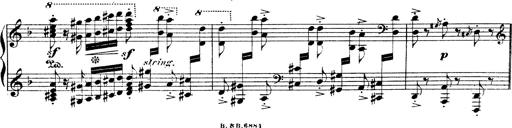
Title: Illustrations de l'opÃ©ra L'Africaine
Composer: Franz Liszt